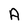
Character: A